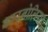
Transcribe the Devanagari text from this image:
कारनोलिया